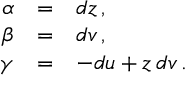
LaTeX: \begin{array} { r c l } { { \alpha } } & { { = } } & { { d z \, , } } \\ { { \beta } } & { { = } } & { { d v \, , } } \\ { { \gamma } } & { { = } } & { { - d u + z \, d v \, . } } \end{array}